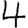
Digit: 4